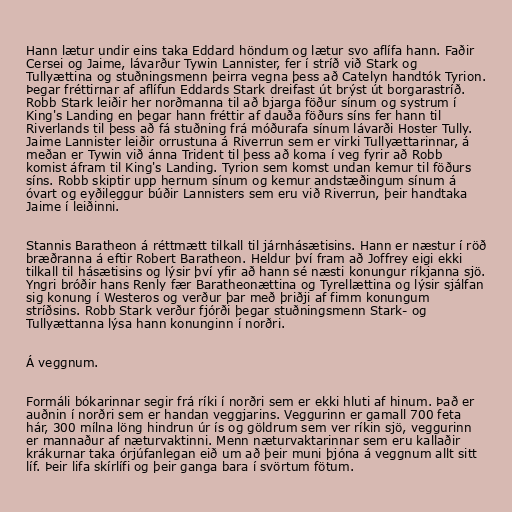
Hann lætur undir eins taka Eddard höndum og lætur svo aflífa hann. Faðir
Cersei og Jaime, lávarður Tywin Lannister, fer í stríð við Stark og
Tullyættina og stuðningsmenn þeirra vegna þess að Catelyn handtók Tyrion.
Þegar fréttirnar af aflífun Eddards Stark dreifast út brýst út borgarastríð.
Robb Stark leiðir her norðmanna til að bjarga föður sínum og systrum í
King's Landing en þegar hann fréttir af dauða föðurs síns fer hann til
Riverlands til þess að fá stuðning frá móðurafa sínum lávarði Hoster Tully.
Jaime Lannister leiðir orrustuna á Riverrun sem er virki Tullyættarinnar, á
meðan er Tywin við ánna Trident til þess að koma í veg fyrir að Robb
komist áfram til King's Landing. Tyrion sem komst undan kemur til föðurs
síns. Robb skiptir upp hernum sínum og kemur andstæðingum sínum á
óvart og eyðileggur búðir Lannisters sem eru við Riverrun, þeir handtaka
Jaime í leiðinni.

Stannis Baratheon á réttmætt tilkall til járnhásætisins. Hann er næstur í röð
bræðranna á eftir Robert Baratheon. Heldur því fram að Joffrey eigi ekki
tilkall til hásætisins og lýsir því yfir að hann sé næsti konungur ríkjanna sjö.
Yngri bróðir hans Renly fær Baratheonættina og Tyrellættina og lýsir sjálfan
sig konung í Westeros og verður þar með þriðji af fimm konungum
stríðsins. Robb Stark verður fjórði þegar stuðningsmenn Stark- og
Tullyættanna lýsa hann konunginn í norðri.

Á veggnum.

Formáli bókarinnar segir frá ríki í norðri sem er ekki hluti af hinum. Það er
auðnin í norðri sem er handan veggjarins. Veggurinn er gamall 700 feta
hár, 300 mílna löng hindrun úr ís og göldrum sem ver ríkin sjö, veggurinn
er mannaður af næturvaktinni. Menn næturvaktarinnar sem eru kallaðir
krákurnar taka órjúfanlegan eið um að þeir muni þjóna á veggnum allt sitt
líf. Þeir lifa skírlífi og þeir ganga bara í svörtum fötum.